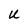
Character: U